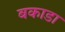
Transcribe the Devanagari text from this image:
बकाडा